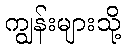
ကျွန်းများသို့